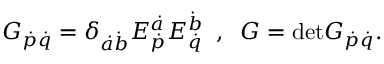
G _ { \dot { p } \dot { q } } = \delta _ { \dot { a } \dot { b } } E _ { \dot { p } } ^ { \dot { a } } E _ { \dot { q } } ^ { \dot { b } } \; \; , \; \; G = \mathrm { d e t } G _ { \dot { p } \dot { q } } .